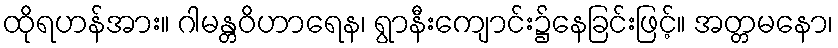
ထိုရဟန်အား။ ဂါမန္တဝိဟာရေန၊ ရွာနီးကျောင်း၌နေခြင်းဖြင့်။ အတ္တမနော၊